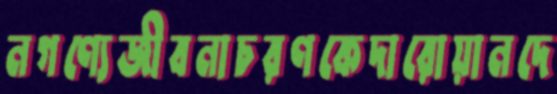
নগণ্যেজীবনাচরণকেদারোয়ানদে